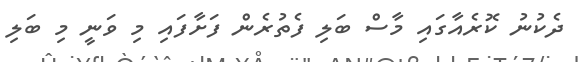
ދެކުނު ކޮރެއާގައި މާސް ބަލި ފެތުރެން ފަށާފައި މި ވަނީ މި ބަލި